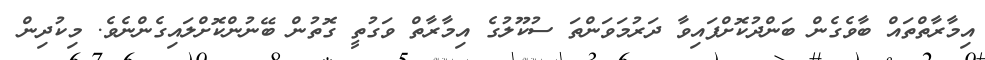
އިމާރާތްތައް ބާވެގެން ބަންދުކޮށްފައިވާ ދަރުމަވަންތަ ސުކޫލުގެ އިމާރާތް ވަގުތީ ގޮތުން ބޭނުންކޮށްލައިގެންނެވެ. މިކުދިން